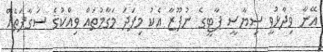
އޭނާ ވިދާޅުވީ ސިޔާސީ ޕާޓީގެ ނުފޫޒާ އެކު މިފަދަ މަގާމުތައް ވިއްކުގެ ސަގާފަތެއް